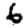
Digit: 6